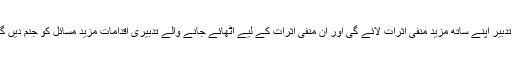
ہر تدبیر اپنے ساتھ مزید منفی اثرات لائے گی اور اُن منفی اثرات کے لیے اٹھائے جانے والے تدبیری اقدامات مزید مسائل کو جنم دیں گے۔